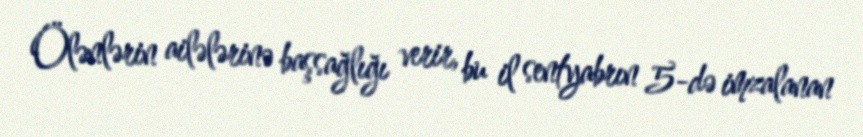
Ölənlərin ailələrinə başsağlığı verir, bu il sentyabrın 5-də imzalanan